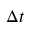
\Delta t